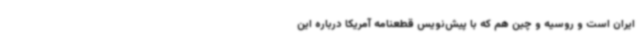
ایران است و روسیه و چین هم که با پیش‌نویس قطعنامه آمریکا درباره این